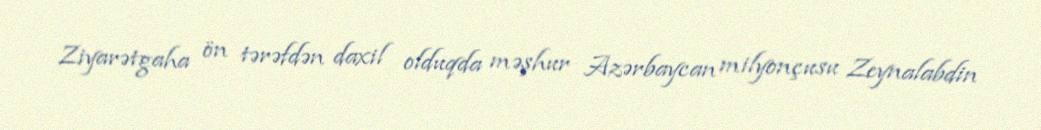
Ziyarətgaha ön tərəfdən daxil olduqda məşhur Azərbaycan milyonçusu Zeynalabdin